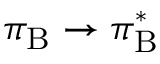
\pi _ { \mathrm { B } } \rightarrow \pi _ { \mathrm { B } } ^ { * }